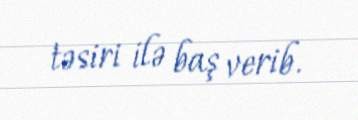
təsiri ilə baş verib.